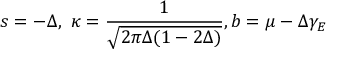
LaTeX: s = - \Delta , \ \kappa = \frac { 1 } { \sqrt { 2 \pi \Delta ( 1 - 2 \Delta ) } } , b = \mu - \Delta \gamma _ { E }